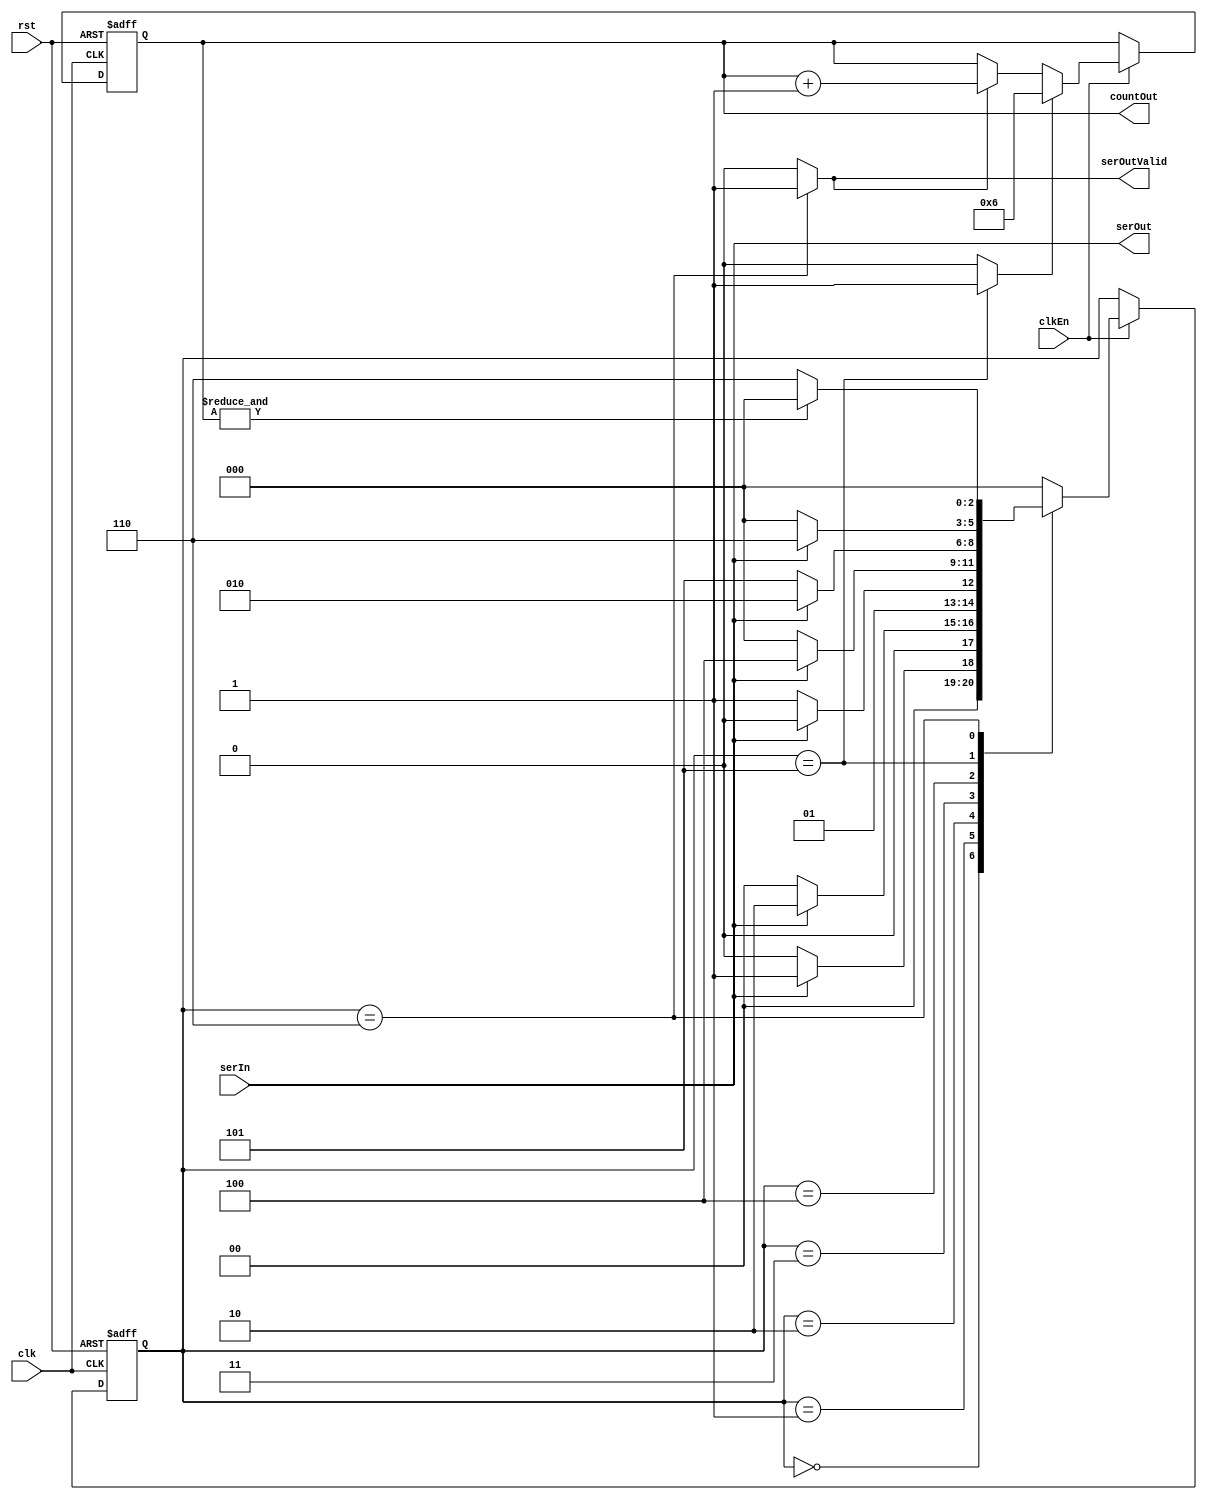
`define S0 3'b000
`define S1 3'b001
`define S2 3'b010
`define S3 3'b011
`define S4 3'b100
`define S5 3'b101
`define S6 3'b110

module SequenceDetector(clk, rst, serIn, clkEn, countOut, serOut, serOutValid);
        input clk, rst, serIn, clkEn;
        output [3:0] countOut;
        output serOut, serOutValid;
        
        reg serOutValid;
        reg rstCnt, incCnt;
        reg [2:0] ps, ns;
        reg [3:0] countOut;
        
        wire co;

        always @(ps, co, serIn) begin
                ns = `S0;
                case (ps)
                        `S0 : ns = serIn ? `S1 : `S0; 
                        `S1 : ns = serIn ? `S2 : `S0;
                        `S2 : ns = serIn ? `S2 : `S3;
                        `S3 : ns = serIn ? `S4 : `S0;
                        `S4 : ns = serIn ? `S2 : `S5;
                        `S5 : ns = serIn ? `S6 : `S0;
                        `S6 : ns = co    ? `S0 : `S6;
                        default: ns = `S0;
                endcase
        end

        always @(ps) begin
                {rstCnt, incCnt, serOutValid} = 3'b0;
                case (ps)
                        `S5 : rstCnt = 1'b1;
                        `S6 : {incCnt, serOutValid} = 2'b11;
                        default: {rstCnt, incCnt, serOutValid} = 3'b0;
                endcase
        end

        

        always @(posedge clk, posedge rst) begin
                if (rst) 
                        ps <= `S0;
                else if (clkEn) 
                        ps <= ns;
        end

        always @(posedge clk, posedge rst) begin
                if (rst) 
                        countOut = 4'b0;

                else if (clkEn) begin 
                        if (rstCnt) 
                                countOut = 4'b0110;
                        else if (incCnt) 
                                countOut = countOut + 1;
                end
        end

        assign co = &countOut;
	assign serOut = serIn;
endmodule